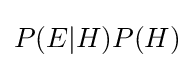
P(E|H)P(H)